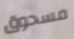
مسحوق